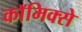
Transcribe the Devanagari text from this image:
काॅमिक्से